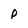
Character: p